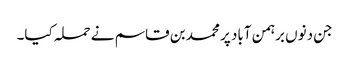
جن دنوں برہمن آباد پر محمد بن قاسم نے حملہ کیا۔